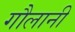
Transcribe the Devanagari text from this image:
गौलानी